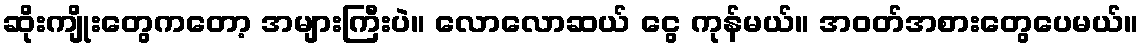
ဆိုးကျိုးတွေကတော့ အများကြီးပဲ။ လောလောဆယ် ငွေ ကုန်မယ်။ အဝတ်အစားတွေပေမယ်။